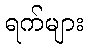
ရက်များ